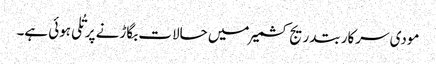
مودی سرکار بتدریج کشمیر میں حالات بگاڑنے پر تُلی ہوئی ہے۔